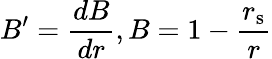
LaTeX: B^{\prime}={\frac{dB}{dr}},B=1-{\frac{r_{\mathrm{{s}}}}{r}}